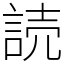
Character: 読